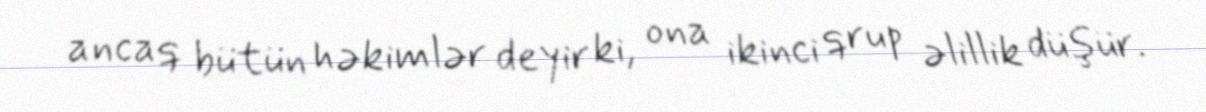
ancaq bütün həkimlər deyir ki, ona ikinci qrup əlillik düşür.